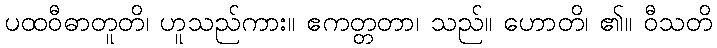
ပထဝီဓာတူတိ၊ ဟူသည်ကား။ ဧကတ္တတာ၊ သည်။ ဟောတိ၊ ၏။ ဝီသတိ